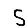
Digit: 5